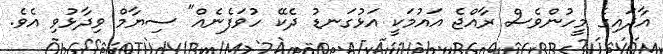
އާދައިގެ މީހުންވެސް ރާއްޖެ އައުމަކީ އަޅުގަނޑު ދެކޭ ހުވަފެނެއް" ސިޔާމް ވިދާޅުވި އެވެ.